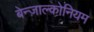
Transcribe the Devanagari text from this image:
बेन्ज़ाल्कोनियम